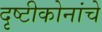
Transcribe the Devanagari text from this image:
दृष्टीकोनांचे